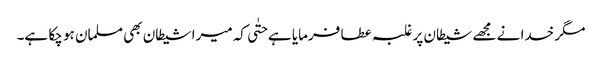
مگر خدا نے مجھے شیطان پر غلبہ عطا فرمایا ہے حتٰی کہ میرا شیطان بھی مسلمان ہو چکا ہے۔